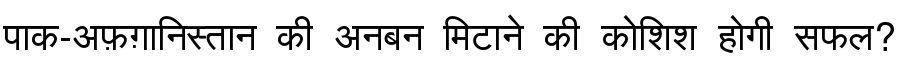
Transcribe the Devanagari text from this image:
पाक-अफ़ग़ानिस्तान की अनबन मिटाने की कोशिश होगी सफल?